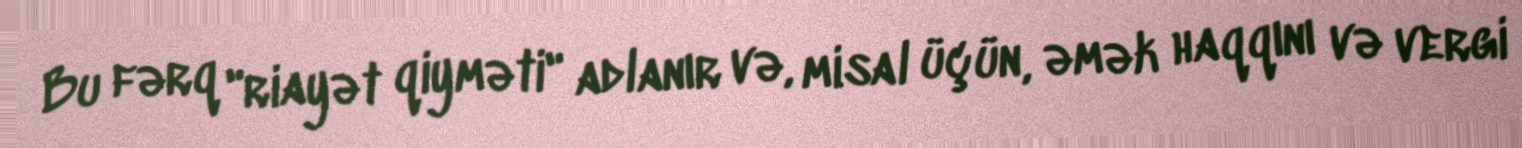
Bu fərq "riayət qiyməti" adlanır və, misal üçün, əmək haqqını və vergi